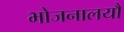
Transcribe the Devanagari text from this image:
भोजनालयौ